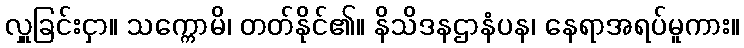
လှူခြင်းငှာ။ သက္ကောမိ၊ တတ်နိုင်၏။ နိသိဒနဌာနံပန၊ နေရာအရပ်မူကား။